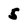
Character: 5